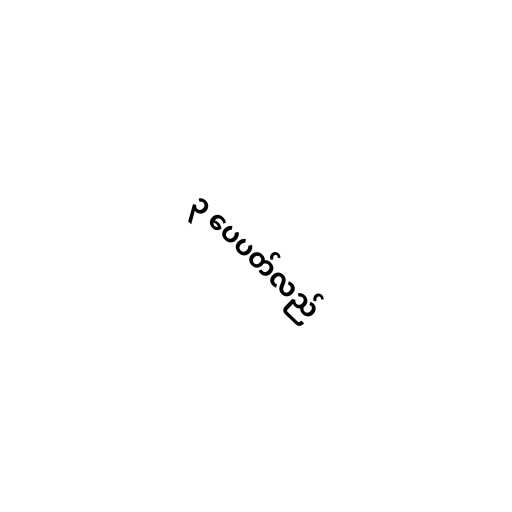
၃ ပေပတ်လည်